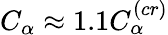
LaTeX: C_{\alpha}\approx 1.1C_{\alpha}^{(cr)}